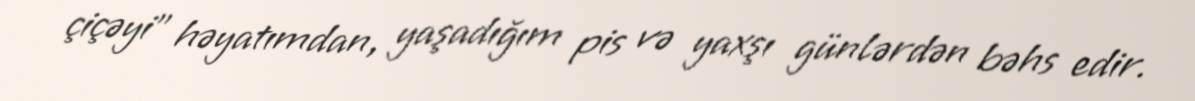
çiçəyi" həyatımdan, yaşadığım pis və yaxşı günlərdən bəhs edir.